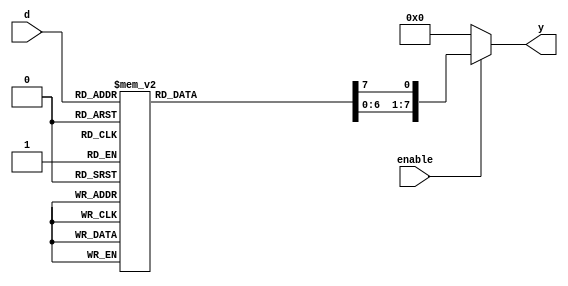
module decoder_3to8(input [2:0]d,input enable, output reg [7:0]y);
always @(enable,d)
begin
	if(enable)
	begin
		y=0;
		case(d)
		3'b000:y[0]=1;
		3'b001:y[1]=1;
		3'b010:y[2]=1;
		3'b011:y[3]=1;
		3'b100:y[4]=1;
		3'b101:y[5]=1;
		3'b110:y[6]=1;
		3'b111:y[7]=1;
		endcase
	end
	else
		y=0;
end
endmodule